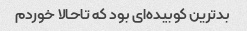
بدترین کوبیده‌ای بود که تاحالا خوردم